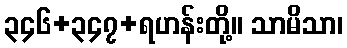
၃၄၆+၃၄၇+ရဟန်းတို့။ သာမိသာ၊